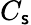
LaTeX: C_{\mathsf{s}}